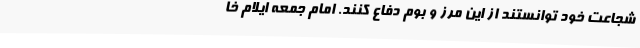
شجاعت خود توانستند از این مرز و بوم دفاع کنند. امام جمعه ایلام خا